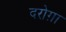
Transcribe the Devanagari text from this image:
दरोग़ा